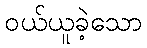
ဝယ်ယူခဲ့သော